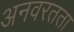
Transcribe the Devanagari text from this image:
अनवरतता